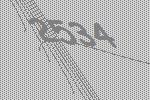
2534